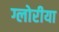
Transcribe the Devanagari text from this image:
ग्लोरीया